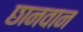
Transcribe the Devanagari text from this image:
छानवान